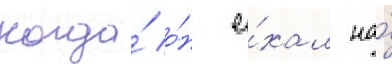
когда́ о́н е́хал на́